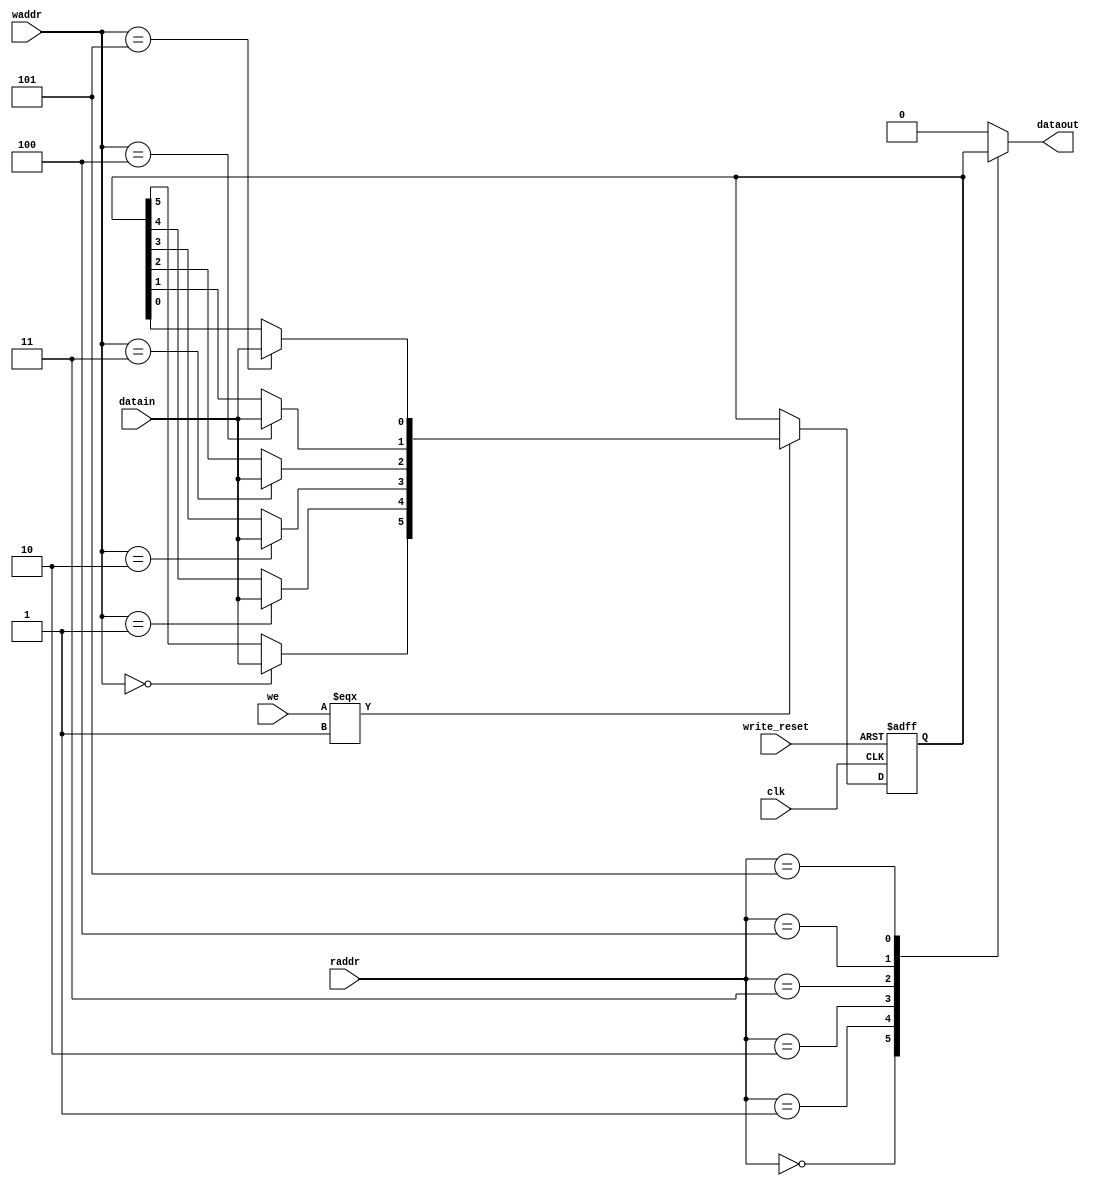
module arriaii_lvds_rx_fifo_sync_ram (
                                    clk,
                                    datain,
                                    write_reset,
                                    waddr,
                                    raddr,
                                    we,
                                    dataout
                                   );
    input clk;
    input write_reset;
    input datain;
    input [2:0]  waddr;
    input [2:0]  raddr;
    input we;
    output dataout;
    reg dataout_tmp;
    reg [0:5] ram_d;
    reg [0:5] ram_q;
    wire [0:5] data_reg;
    integer i;
    initial
    begin
        dataout_tmp = 0;
        for (i=0; i<= 5; i=i+1)
            ram_q[i] <= 1'b0;
    end
    always @(posedge clk or posedge write_reset)
    begin
        if(write_reset == 1'b1)
        begin
            for (i=0; i<= 5; i=i+1)
                ram_q[i] <= 1'b0;
        end
        else begin
        for (i=0; i<= 5; i=i+1)
            ram_q[i] <= ram_d[i];
        end
    end
    always @(we or data_reg or ram_q)
    begin
        if(we === 1'b1)
        begin
            ram_d <= data_reg;
        end
        else begin
            ram_d <= ram_q;
        end
    end
    assign data_reg[0] = ( waddr == 3'b000 ) ? datain : ram_q[0];
    assign data_reg[1] = ( waddr == 3'b001 ) ? datain : ram_q[1];
    assign data_reg[2] = ( waddr == 3'b010 ) ? datain : ram_q[2];
    assign data_reg[3] = ( waddr == 3'b011 ) ? datain : ram_q[3];
    assign data_reg[4] = ( waddr == 3'b100 ) ? datain : ram_q[4];
    assign data_reg[5] = ( waddr == 3'b101 ) ? datain : ram_q[5];
    always @(ram_q or we or waddr or raddr)
    begin
        case ( raddr )
            3'b000 : dataout_tmp = ram_q[0];
            3'b001 : dataout_tmp = ram_q[1];
            3'b010 : dataout_tmp = ram_q[2];
            3'b011 : dataout_tmp = ram_q[3];
            3'b100 : dataout_tmp = ram_q[4];
            3'b101 : dataout_tmp = ram_q[5];
            default : dataout_tmp = 0;
        endcase
    end
    assign dataout = dataout_tmp;
endmodule